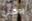
يمكنني